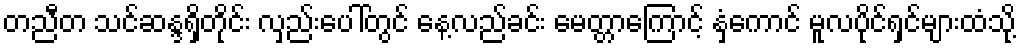
တညီတ သင်ဆန္ဒရှိတိုင်း လှည်းပေါ်တွင် နေ့လည်ခင်း မေတ္တာကြောင့် နှံကောင် မူလပိုင်ရှင်များထံသို့